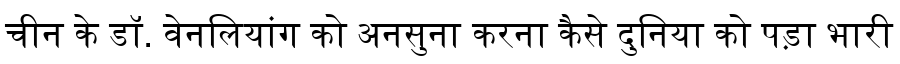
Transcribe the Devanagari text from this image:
चीन के डॉ. वेनलियांग को अनसुना करना कैसे दुनिया को पड़ा भारी